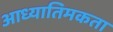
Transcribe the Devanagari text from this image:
आध्यातिमकता